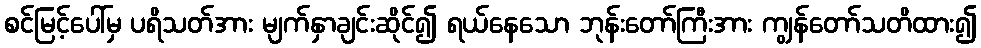
စင်မြင့်ပေါ်မှ ပရိသတ်အား မျက်နှာချင်းဆိုင်၍ ရယ်နေသော ဘုန်းတော်ကြီးအား ကျွန်တော်သတိထား၍